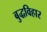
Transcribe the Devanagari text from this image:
बुद्धविहार